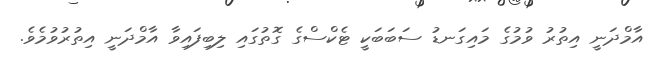
އާމްދަނީ އިތުރު ވުމުގެ މައިގަނޑު ސަބަބަކީ ޓެކްސްގެ ގޮތުގައި ލިބިފައިވާ އާމްދަނީ އިތުރުވުމެވެ.